Scottish Leaving Certificate Examination, 1953
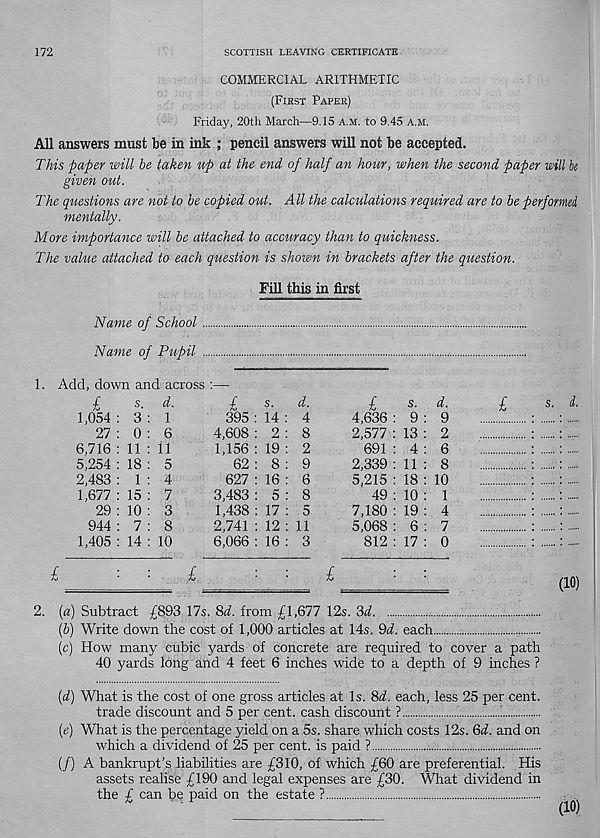
172
SCOTTISH LEAVING CERTIFICATE
COMMERCIAL ARITHMETIC
(First Paper)
Friday, 20th March—9.15 A.M. to 9.45 A.M.
All answers must be in ink ; pencil answers will not be accepted.
This paper will be taken up at the end of half an hour, when the second paper will be
given out.
The questions are not to be copied out. All the calculations required are to be performed
mentally.
More importance will be attached to accuracy than to quickness.
The value attached to each question is shown in brackets after the question.
Pill this in first
Name of School
Name of Pupil
1. Add, down and across
■£
s -
1,054 : 3
27 : 0
6,716 : 11
5,254 : 18
2,483 : 1
1,677 : 15
29 : 10
944 : 7
1,405 : 14
d.
1
6
11
5
4
7
3
8
10
l.
I
s.
395 : 14
4,608 : 2
1,156 : 19
62 : 8
627 : 16
3,483 : 5
1,438 : 17
2,741 : 12
6,066 : 16
d.
4
8
2
9
6
8
5
11
3
£
s -
4,636 : 9
2,577 : 13
691 : 4
2,339 : 11
5,215 : 18
49 : 10
7,180 : 19
5,068 : 6
812 : 17
£
d.
9
2
6
8
10
1
4
7
0
£
s. d.
(10)
2. (a) Subtract £893 17s. 8d. from £1,677 12s. 3d
(b) Write down the cost of 1,000 articles at 14s. 9d. each
,.
(c) How many cubic yards of concrete are required to cover a path
40 yards long and 4 feet 6 inches wide to a depth of 9 inches ?
(d) What is the cost of one gross articles at Is. 8d. each, less 25 per cent.
trade discount and 5 per cent, cash discount ?
!
!
(e) What is the percentage yield on a 5s. share which costs 12s. 6d. and on
which a dividend of 25 per cent, is paid ?
(/) A bankrupt's liabilities are £310, of which £60 are preferential. His
assets realise £190 and legal expenses are £30. What dividend in
the £ can be paid on the estate ?
*
P
(10)